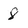
Character: 8